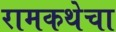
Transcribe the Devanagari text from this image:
रामकथेचा